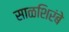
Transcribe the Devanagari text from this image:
साळशिरंबे